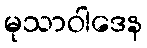
မုသာဝါဒေန